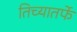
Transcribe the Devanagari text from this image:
तिच्यातर्फे